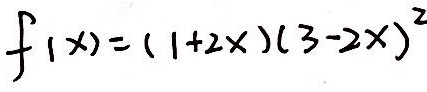
f ( x ) = ( 1 + 2 x ) ( 3 - 2 x ) ^ { 2 }